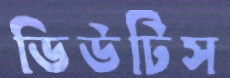
ডিউটিস